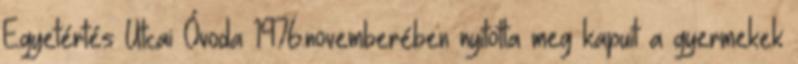
Egyetértés Utcai Óvoda 1976.novemberében nyitotta meg kapuit a gyermekek